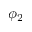
\phi _ { 2 }